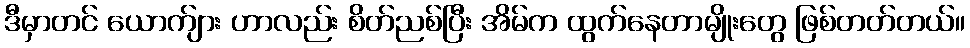
ဒီမှာတင် ယောက်ျား ဟာလည်း စိတ်ညစ်ပြီး အိမ်က ထွက်နေတာမျိုးတွေ ဖြစ်တတ်တယ်။